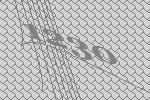
1230